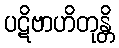
ပဋိဗာဟိတုန္တိ